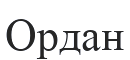
Ордан